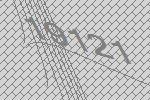
19121